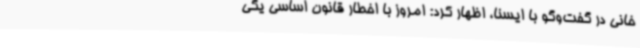
خانی در گفت‌وگو با ایسنا، اظهار کرد: امروز با اخطار قانون اساسی یکی